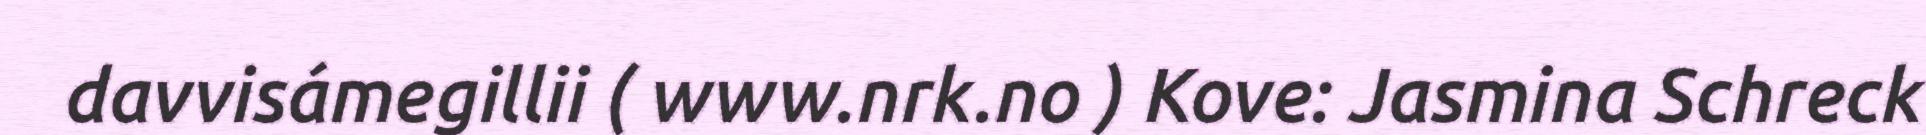
davvisámegillii ( www.nrk.no ) Kove: Jasmina Schreck